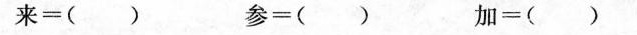
来=() 参=() 加=()